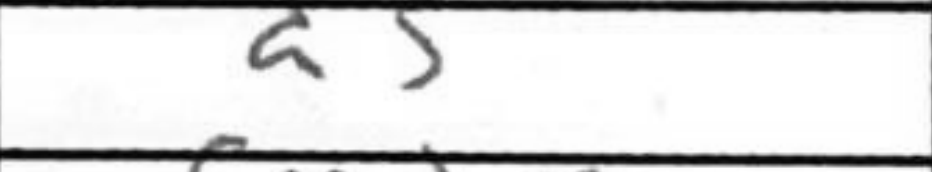
Transcription: d5